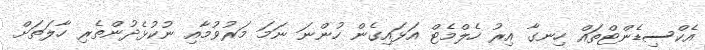
އެކްސިޑެންޓްތައް ހިނގާ އިރު ހެލްމެޓް އަޅައިގެން ހުންނަ ނަމަ މަރުވުމާއި ނުކުޅެދުންތެރި ހާލަތަށް